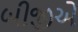
બીજીએ